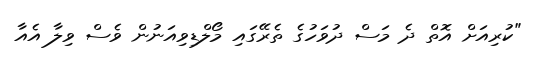
"ކުރިއަށް އޮތް ދެ މަސް ދުވަހުގެ ތެރޭގައި މޯލްޑިވިއަނުން ވެސް ވިލާ އެއާ